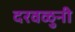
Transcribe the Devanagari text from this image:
दरवळुनी